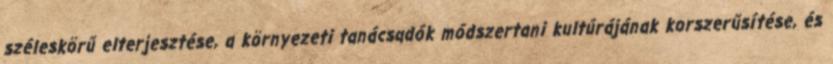
széleskörű elterjesztése, a környezeti tanácsadók módszertani kultúrájának korszerűsítése, és